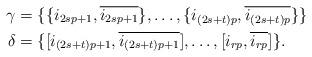
LaTeX: \begin{align*}\gamma&=\{\{i_{2sp+1},\overline{i_{2sp+1}}\},\ldots,\{i_{(2s+t)p},\overline{i_{(2s+t)p}}\}\}\\\delta &= \{[i_{(2s+t)p+1},\overline{i_{(2s+t)p+1}}],\ldots,[i_{rp},\overline{i_{rp}}]\}.\end{align*}